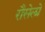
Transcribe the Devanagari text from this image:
रौसेलो